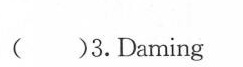
( )3.Daming